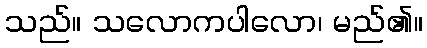
သည်။ သလောကပါလော၊ မည်၏။